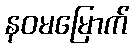
နဝမမြောက်